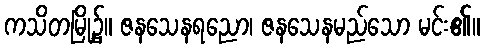
ကသိတမြို့၌။ ဇနသေနရညော၊ ဇနသေနမည်သော မင်း၏။